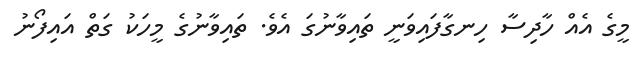
މީގެ އެއް ހާދިސާ ހިނގާފައިވަނީ ތައިވާނުގަ އެވެ. ތައިވާނުގެ މީހަކު ގަތް އައިފޯނު